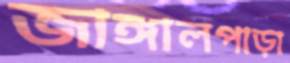
জাঙ্গালপাড়া